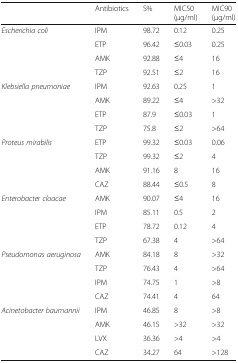
|  | Antibiotics | S% | MIC50 (μg/ml) | MIC90 (μg/ml) |
 | --- | --- | --- | --- | --- |
 | <ROWSPAN=4> Escherichia coli | IPM | 98.72 | 0.12 | 0.25 |
 | ETP | 96.42 | ≤0.03 | 0.25 |
 | AMK | 92.88 | ≤4 | 16 |
 | TZP | 92.51 | ≤2 | 16 |
 | <ROWSPAN=4> Klebsiella pneumoniae | IPM | 92.63 | 0.25 | 1 |
 | AMK | 89.22 | ≤4 | >32 |
 | ETP | 87.9 | ≤0.03 | 1 |
 | TZP | 75.8 | ≤2 | >64 |
 | <ROWSPAN=4> Proteus mirabilis | ETP | 99.32 | ≤0.03 | 0.06 |
 | TZP | 99.32 | ≤2 | 4 |
 | AMK | 91.16 | 8 | 16 |
 | CAZ | 88.44 | ≤0.5 | 8 |
 | <ROWSPAN=4> Enterobacter cloacae | AMK | 90.07 | ≤4 | 16 |
 | IPM | 85.11 | 0.5 | 2 |
 | ETP | 78.72 | 0.12 | 4 |
 | TZP | 67.38 | 4 | >64 |
 | <ROWSPAN=4> Pseudomonas aeruginosa | AMK | 84.18 | 8 | >32 |
 | TZP | 76.43 | 4 | >64 |
 | IPM | 74.75 | 1 | >8 |
 | CAZ | 74.41 | 4 | 64 |
 | <ROWSPAN=4> Acinetobacter baumannii | IPM | 46.85 | 8 | >8 |
 | AMK | 46.15 | >32 | >32 |
 | LVX | 36.36 | >4 | >4 |
 | CAZ | 34.27 | 64 | >128 |